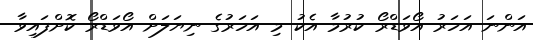
އަންނަ އަހަރު އޯވަޑްރޯ ކުރުމާ އެކު މި އަހަރުގެ ނިޔަލަށް އޯވަޑްރޯ ކޮށްފައިވާ